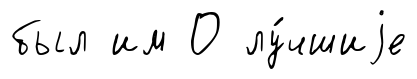
был им О лу́чшиjе